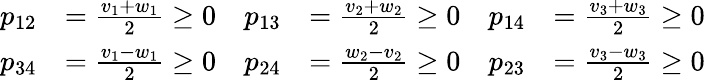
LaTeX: \begin{array}{rlrlrl}{p_{12}}&{=\frac{v_{1}+w_{1}}{2}\geq 0}&{p_{13}}&{=\frac{v_{2}+w_{2}}{2}\geq 0}&{p_{14}}&{=\frac{v_{3}+w_{3}}{2}\geq 0}\\ {p_{34}}&{=\frac{v_{1}-w_{1}}{2}\geq 0}&{p_{24}}&{=\frac{w_{2}-v_{2}}{2}\geq 0}&{p_{23}}&{=\frac{v_{3}-w_{3}}{2}\geq 0}\end{array}